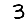
Digit: 3